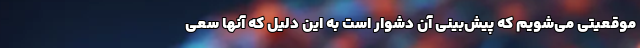
موقعیتی می‌شویم که پیش‌بینی آن دشوار است به این دلیل که آنها سعی